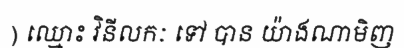
) ឈ្មោះ វិនីលកៈ ទៅ បាន យ៉ាងណាមិញ